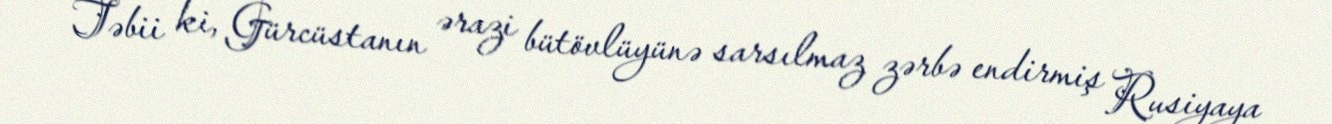
Təbii ki, Gürcüstanın ərazi bütövlüyünə sarsılmaz zərbə endirmiş Rusiyaya